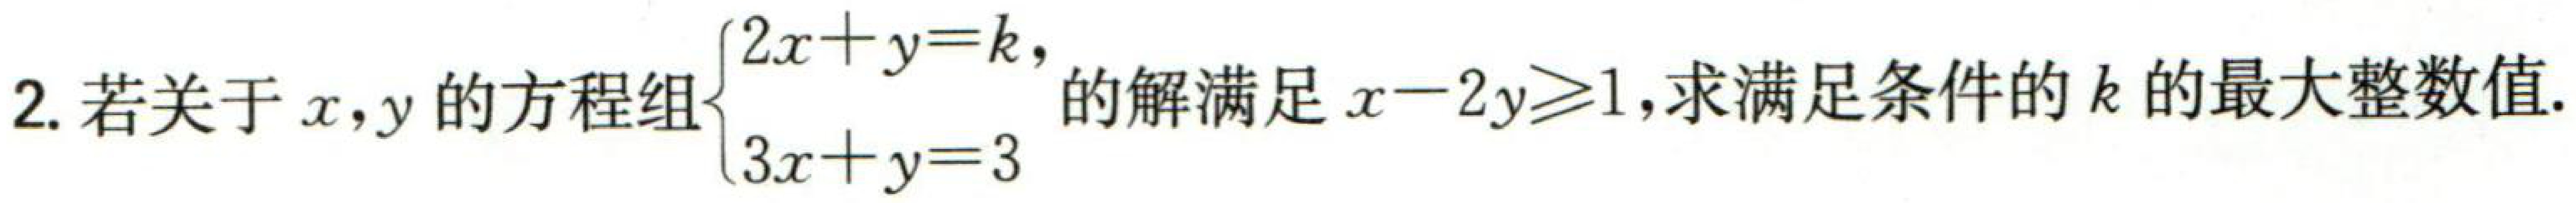
2. 若关于\(x,y\)的方程组\(\begin{cases}2x + y = k,\\3x + y = 3\end{cases}\)的解满足\(x - 2y\geqslant1\)，求满足条件的\(k\)的最大整数值.